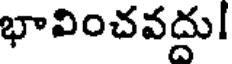
భావించవద్దు!